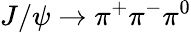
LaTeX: J/\psi\to\pi^{+}\pi^{-}\pi^{0}